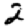
Digit: 2